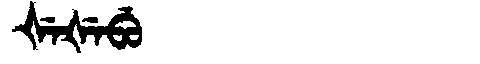
Manchu: ᡧᡝᡧᡝᠪᡠ
Romanization: ŠEŠEBU